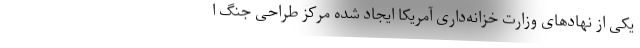
یکی از نهادهای وزارت خزانه‌داری آمریکا ایجاد شده مرکز طراحی جنگ ا